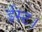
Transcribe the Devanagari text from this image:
ईस्ट।